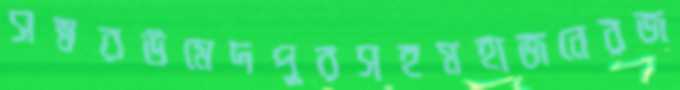
সম্বরউমেদপুরসহমহাজনেরজ